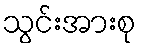
သွင်းအားစု